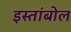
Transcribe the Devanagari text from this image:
इस्तांबोल